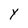
Character: Y